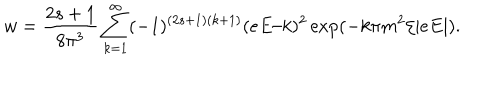
LaTeX: w = { \frac { 2 s + 1 } { 8 \pi ^ { 3 } } } \sum _ { k = 1 } ^ { \infty } ( - 1 ) ^ { ( 2 s + 1 ) ( k + 1 ) } ( e E / k ) ^ { 2 } \exp ( - k \pi m ^ { 2 } / | e E | ) .